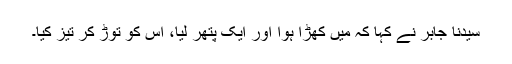
سیدنا جابرؓ نے کہا کہ میں کھڑا ہوا اور ایک پتھر لیا، اس کو توڑ کر تیز کیا۔